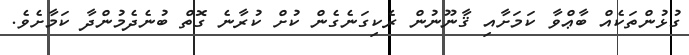
ގުޅުންތަކެއް ބާޢްވާ ކަމަށާއި ޤާނޫނުން ރެކިގަނެގެން ކުށް ކުރާނެ ގޮތް ބުނެދެމުންދާ ކަމާށެވެ.